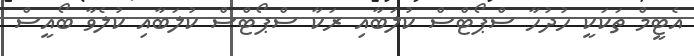
އެޓީމް ތަކަކީ ހުދުހާ ސްޕޯޓްސް ކުލަބާއި ރަކާ ސްޕޯޓްސް ކުލަބާއި ކުލެވާ ބޯއީސް